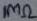
Text: 1MΩ